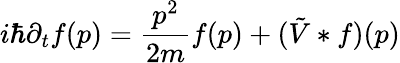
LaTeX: \displaystyle i\hbar\partial_{t}f(p)={\frac{p^{2}}{2m}}f(p)+({\tilde{V}}*f)(p)